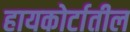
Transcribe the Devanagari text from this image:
हायकोर्टातील